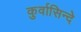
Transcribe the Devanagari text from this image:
कुर्वासिन्दे